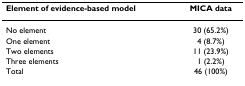
<table><thead><tr><td><b>Element of evidence-based model</b></td><td><b>MICA data</b></td></tr></thead><tbody><tr><td>No element</td><td>30 (65.2%)</td></tr><tr><td>One element</td><td>4 (8.7%)</td></tr><tr><td>Two elements</td><td>11 (23.9%)</td></tr><tr><td>Three elements</td><td>1 (2.2%)</td></tr><tr><td>Total</td><td>46 (100%)</td></tr></tbody></table>